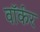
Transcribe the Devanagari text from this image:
वाॅर्कर